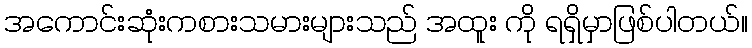
အကောင်းဆုံးကစားသမားများသည် အထူး ကို ရရှိမှာဖြစ်ပါတယ်။